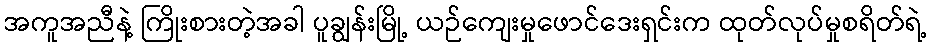
အကူအညီနဲ့ ကြိုးစားတဲ့အခါ ပူချွန်းမြို့ ယဉ်ကျေးမှုဖောင်ဒေးရှင်းက ထုတ်လုပ်မှုစရိတ်ရဲ့